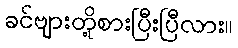
ခင်ဗျားတို့စားပြီးပြီလား။